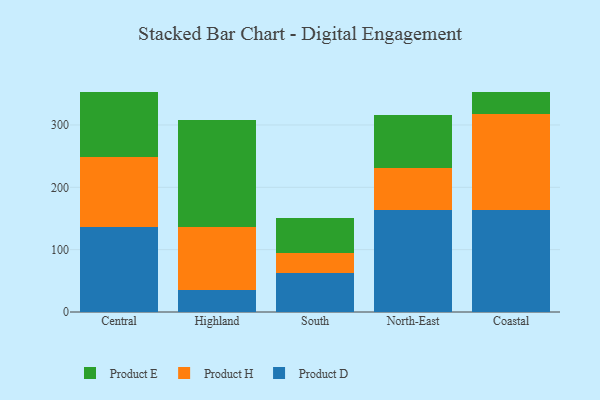
{"axis": {"x": "Region", "y": "Population (Million)"}, "legend": ["Product D", "Product E", "Product H"], "data": [{"x": "Central", "y": 135.8, "type": "Product D"}, {"x": "Central", "y": 112.4, "type": "Product H"}, {"x": "Central", "y": 105.3, "type": "Product E"}, {"x": "Highland", "y": 36.0, "type": "Product D"}, {"x": "Highland", "y": 99.9, "type": "Product H"}, {"x": "Highland", "y": 172.0, "type": "Product E"}, {"x": "South", "y": 63.2, "type": "Product D"}, {"x": "South", "y": 31.0, "type": "Product H"}, {"x": "South", "y": 56.9, "type": "Product E"}, {"x": "North-East", "y": 163.7, "type": "Product D"}, {"x": "North-East", "y": 67.0, "type": "Product H"}, {"x": "North-East", "y": 85.4, "type": "Product E"}, {"x": "Coastal", "y": 164.3, "type": "Product D"}, {"x": "Coastal", "y": 152.8, "type": "Product H"}, {"x": "Coastal", "y": 35.2, "type": "Product E"}]}